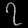
Digit: ၇